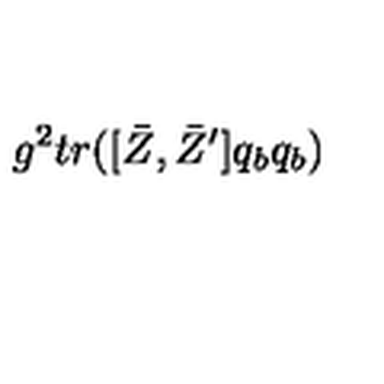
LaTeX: g ^ { 2 } t r ( [ \bar { Z } , \bar { Z } ^ { \prime } ] q _ { b } q _ { b } )